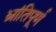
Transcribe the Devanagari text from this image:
भ्रांतिपूर्ण